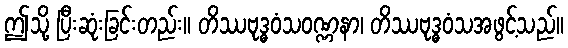
ဤသို့ ပြီးဆုံးခြင်းတည်း။ တိဿဗုဒ္ဓဝံသဝဏ္ဏနာ၊ တိဿဗုဒ္ဓဝံသအဖွင့်သည်။